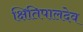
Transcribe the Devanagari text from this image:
क्षितिपालदेव